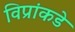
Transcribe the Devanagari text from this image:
विप्रांकडे